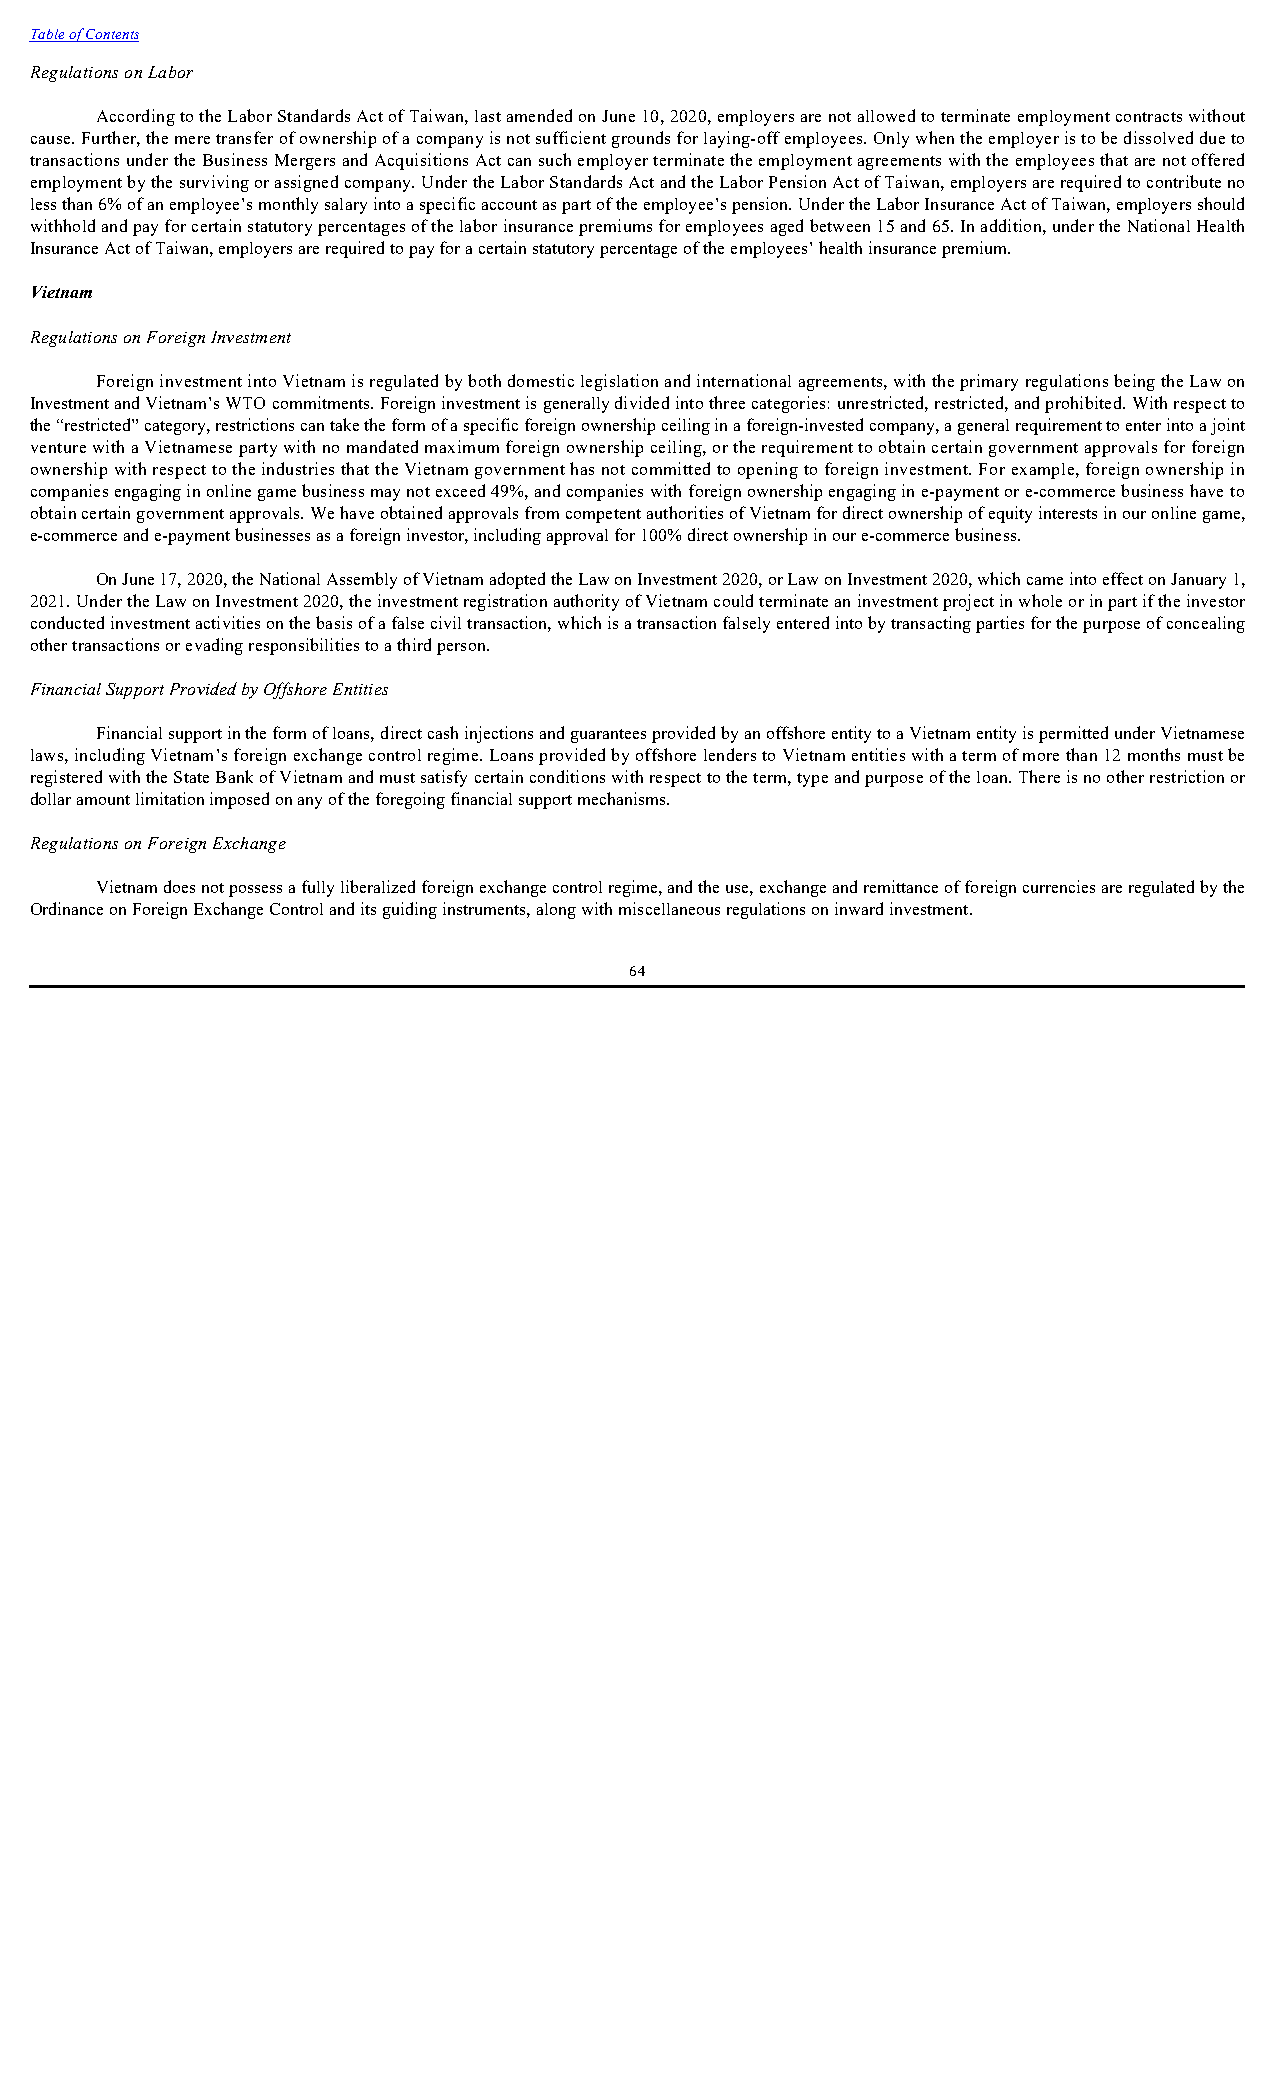
Table of Contents
 Regulations on Labor
 According to the Labor Standards Act of Taiwan, last amended on June 10, 2020, employers are not allowed to terminate employment contracts without
 cause. Further, the mere transfer of ownership of a company is not sufficient grounds for laying-off employees. Only when the employer is to be dissolved due to
 transactions under the Business Mergers and Acquisitions Act can such employer terminate the employment agreements with the employees that are not offered
 employment by the surviving or assigned company. Under the Labor Standards Act and the Labor Pension Act of Taiwan, employers are required to contribute no
 less than 6% of an employee’s monthly salary into a specific account as part of the employee’s pension. Under the Labor Insurance Act of Taiwan, employers should
 withhold and pay for certain statutory percentages of the labor insurance premiums for employees aged between 15 and 65. In addition, under the National Health
 Insurance Act of Taiwan, employers are required to pay for a certain statutory percentage of the employees’ health insurance premium.
 Vietnam
 Regulations on Foreign Investment
 Foreign investment into Vietnam is regulated by both domestic legislation and international agreements, with the primary regulations being the Law on
 Investment and Vietnam’s WTO commitments. Foreign investment is generally divided into three categories: unrestricted, restricted, and prohibited. With respect to
 the “restricted” category, restrictions can take the form of a specific foreign ownership ceiling in a foreign-invested company, a general requirement to enter into a joint
 venture with a Vietnamese party with no mandated maximum foreign ownership ceiling, or the requirement to obtain certain government approvals for foreign
 ownership with respect to the industries that the Vietnam government has not committed to opening to foreign investment. For example, foreign ownership in
 companies engaging in online game business may not exceed 49%, and companies with foreign ownership engaging in e-payment or e-commerce business have to
 obtain certain government approvals. We have obtained approvals from competent authorities of Vietnam for direct ownership of equity interests in our online game,
 e-commerce and e-payment businesses as a foreign investor, including approval for 100% direct ownership in our e-commerce business.
 On June 17, 2020, the National Assembly of Vietnam adopted the Law on Investment 2020, or Law on Investment 2020, which came into effect on January 1,
 2021. Under the Law on Investment 2020, the investment registration authority of Vietnam could terminate an investment project in whole or in part if the investor
 conducted investment activities on the basis of a false civil transaction, which is a transaction falsely entered into by transacting parties for the purpose of concealing
 other transactions or evading responsibilities to a third person.
 Financial Support Provided by Offshore Entities
 Financial support in the form of loans, direct cash injections and guarantees provided by an offshore entity to a Vietnam entity is permitted under Vietnamese
 laws, including Vietnam’s foreign exchange control regime. Loans provided by offshore lenders to Vietnam entities with a term of more than 12 months must be
 registered with the State Bank of Vietnam and must satisfy certain conditions with respect to the term, type and purpose of the loan. There is no other restriction or
 dollar amount limitation imposed on any of the foregoing financial support mechanisms.
 Regulations on Foreign Exchange
 Vietnam does not possess a fully liberalized foreign exchange control regime, and the use, exchange and remittance of foreign currencies are regulated by the
 Ordinance on Foreign Exchange Control and its guiding instruments, along with miscellaneous regulations on inward investment.
 64